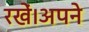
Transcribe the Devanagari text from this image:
रखें।अपने